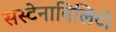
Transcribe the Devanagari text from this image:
सस्टेनाबिलिटी